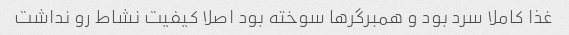
غذا کاملا سرد بود و همبرگرها سوخته بود اصلا کیفیت نشاط رو نداشت